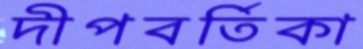
দীপবর্তিকা